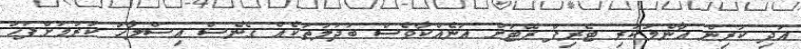
އަދި ކުރިން އާންމުކުރި ޓެރިފް ރޭޓަށް އަނެއްކާވެސް ބަދަލުތަކެއް ގެނެސް އިސްލާހު ކުރުމަށްފަހު